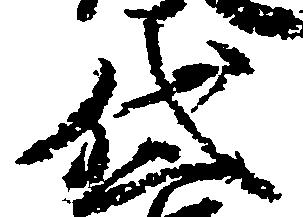
代